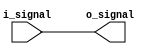
module transmission_gate_delay (
    input wire i_signal,
    output wire o_signal
);

wire gate_signal;

assign gate_signal = i_signal;

assign o_signal = gate_signal;

endmodule